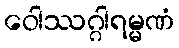
ဝေါဿဂ္ဂါရမ္မဏံ